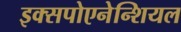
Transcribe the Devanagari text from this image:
इक्सपोएनेन्शियल